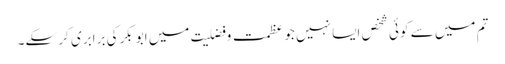
تم میں سے کوئی شخص ایسا نہیں جو عظمت و فضلیت میں ابو بکرکی برابری کر سکے۔